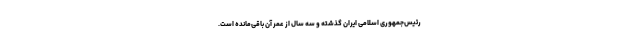
رئیس‌جمهوری اسلامی ایران گذشته و سه سال از عمر آن باقی‌مانده است.